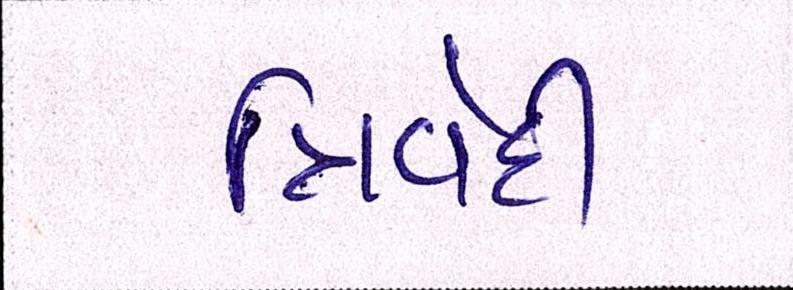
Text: ત્રિવેદી